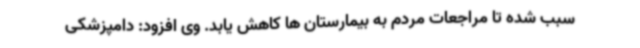
سبب شده تا مراجعات مردم به بیمارستان ها کاهش یابد. وی افزود: دامپزشکی